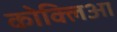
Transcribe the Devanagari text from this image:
कोक्लिआ